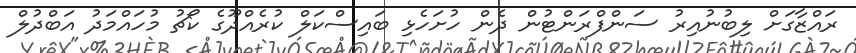
ރައްޒާގަށް ލިބުނުއިރު ސަންފްރަންޓުން ދެން ހުށަހެޅި ބައިސްކަލް ކުރެއްދޫގެ ކޯޗު މުހައްމަދު އަބްދުލް